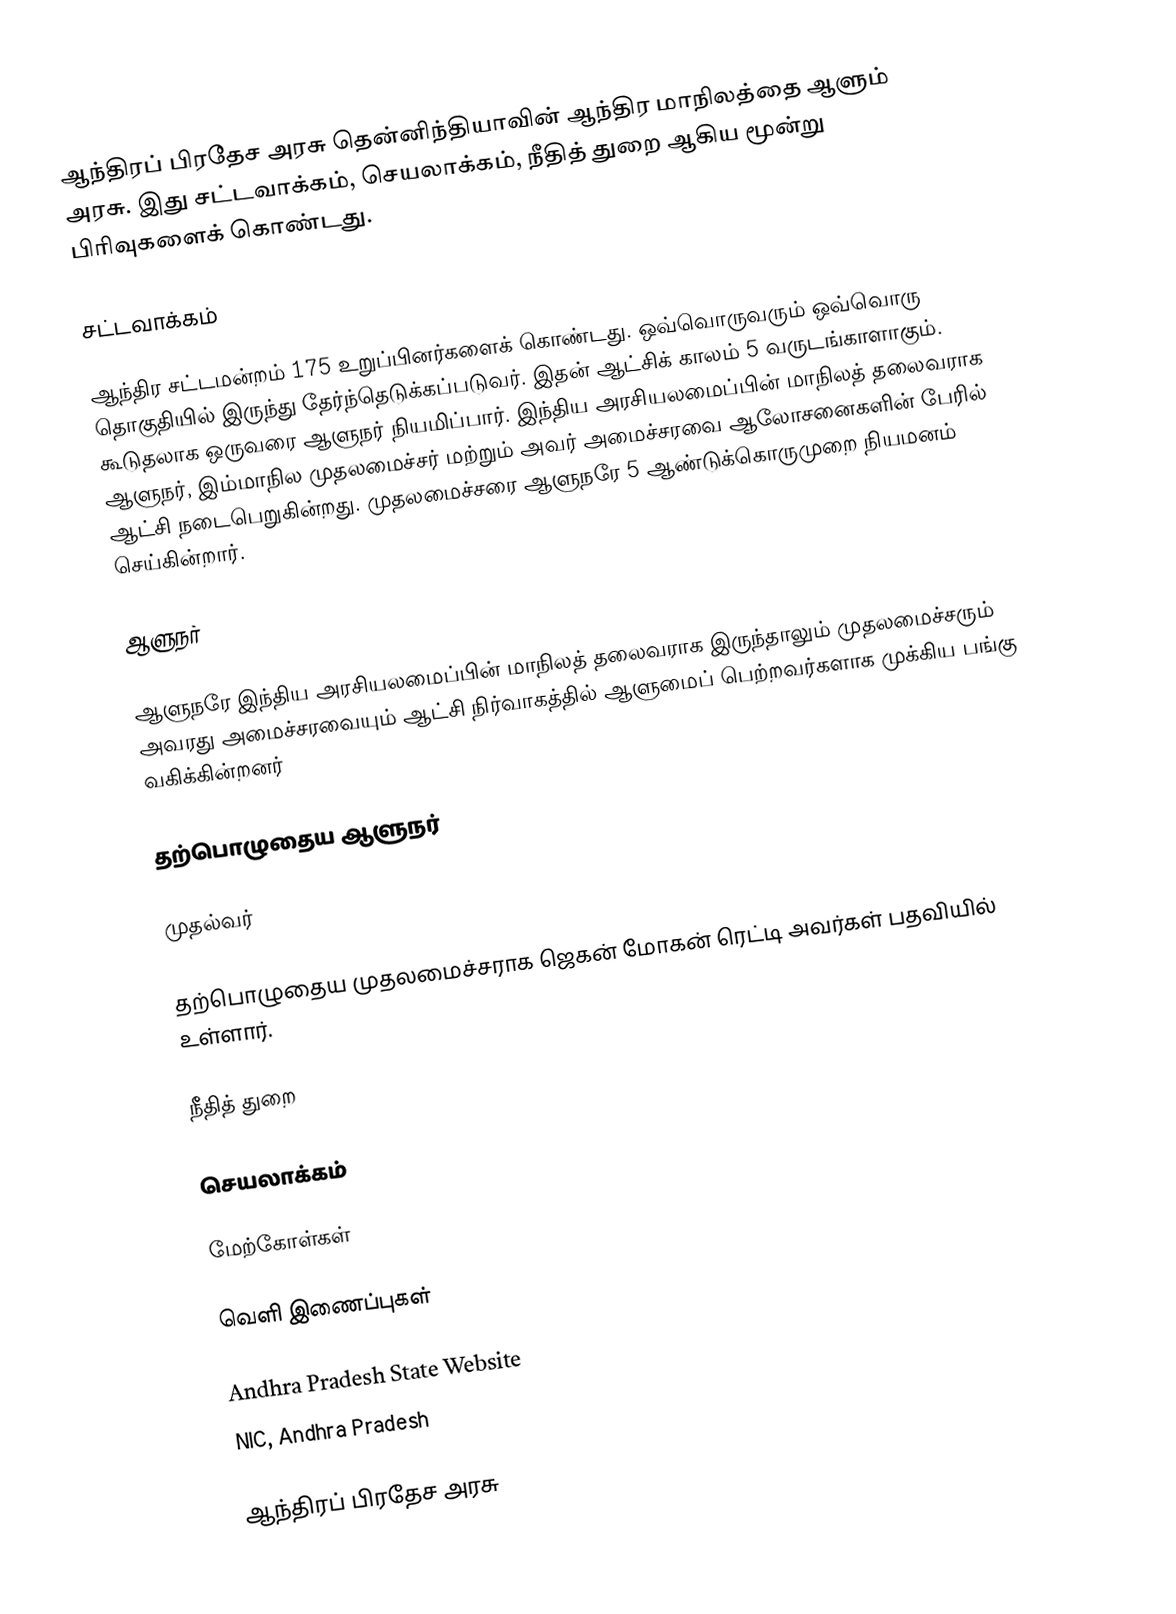
ஆந்திரப் பிரதேச அரசு தென்னிந்தியாவின் ஆந்திர மாநிலத்தை ஆளும் அரசு. இது சட்டவாக்கம், செயலாக்கம், நீதித் துறை ஆகிய மூன்று பிரிவுகளைக் கொண்டது.

சட்டவாக்கம்

ஆந்திர சட்டமன்றம் 175 உறுப்பினர்களைக் கொண்டது. ஒவ்வொருவரும் ஒவ்வொரு தொகுதியில் இருந்து தேர்ந்தெடுக்கப்படுவர். இதன் ஆட்சிக் காலம் 5 வருடங்காளாகும். கூடுதலாக ஒருவரை ஆளுநர் நியமிப்பார். இந்திய அரசியலமைப்பின் மாநிலத் தலைவராக ஆளுநர், இம்மாநில முதலமைச்சர் மற்றும் அவர் அமைச்சரவை ஆலோசனைகளின் பேரில் ஆட்சி நடைபெறுகின்றது. முதலமைச்சரை ஆளுநரே 5 ஆண்டுக்கொருமுறை நியமனம் செய்கின்றார்.

ஆளுநர்

ஆளுநரே இந்திய அரசியலமைப்பின் மாநிலத் தலைவராக இருந்தாலும் முதலமைச்சரும் அவரது அமைச்சரவையும் ஆட்சி நிர்வாகத்தில் ஆளுமைப் பெற்றவர்களாக முக்கிய பங்கு வகிக்கின்றனர்

தற்பொழுதைய ஆளுநர்

முதல்வர்

தற்பொழுதைய முதலமைச்சராக ஜெகன் மோகன் ரெட்டி அவர்கள் பதவியில் உள்ளார்.

நீதித் துறை

செயலாக்கம்

மேற்கோள்கள்

வெளி இணைப்புகள்

 Andhra Pradesh State Website
 NIC, Andhra Pradesh

ஆந்திரப் பிரதேச அரசு